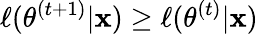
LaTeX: \ell(\theta^{(t+1)}|\mathbf x)\geq\ell(\theta^{(t)}|\mathbf x)